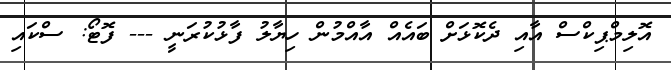
އޮލިމްޕިކްސް އާއި ދެކޮޅަށް ބައެއް އާއްމުން ހިޔާލު ފާޅުކުރަނީ --- ފޮޓޯ: ސްކައި